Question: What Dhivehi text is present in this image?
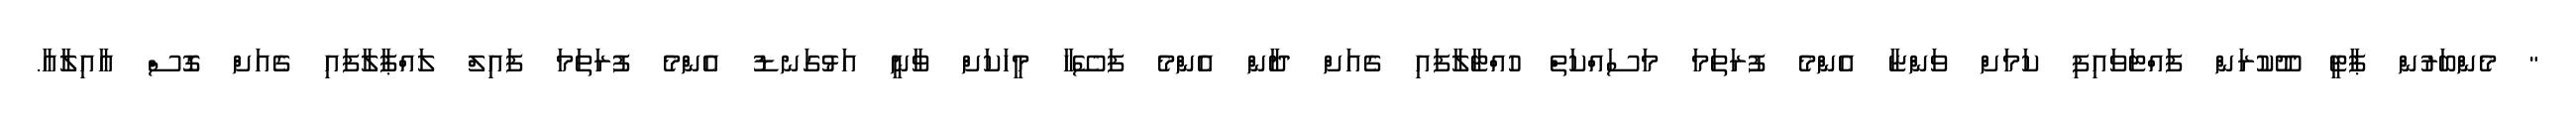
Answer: " މެންބަރުން ޕާޓީ ދޫކުރަން ފައްޓަވައިފި ކަމަށް ވަންޏާ އެންމެ ފުރަތަމަ މަސައްކަތް ހުއްޓާލާފައި ގެއަށް ދާން އެންމެ ފަސޭހާ މީހަކަށް ވާނީ އަޅުގަނޑު އެންމެ ފުރަތަމަ ފައިލް ލައްޕާލާފައި ގެއަށް ގޮސް އާއިލާއާ.